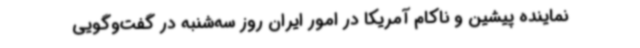
نماینده پیشین و ناکام آمریکا در امور ایران روز سه‌شنبه در گفت‌وگویی